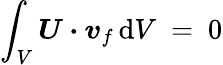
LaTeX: \int_{V}\boldsymbol{U}\boldsymbol{\cdot}\boldsymbol{v}_{f}\, \mathrm{d}V~=~0